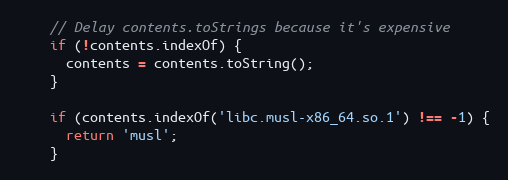
Language: JavaScript
    // Delay contents.toStrings because it's expensive
    if (!contents.indexOf) {
      contents = contents.toString();
    }

    if (contents.indexOf('libc.musl-x86_64.so.1') !== -1) {
      return 'musl';
    }